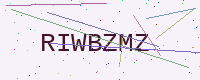
Text: RIWBZMZ